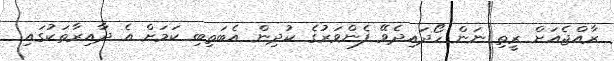
ރާއްޖެއަށް ރީތި ނަން ހޯދައިދެވޭ ފެންވަރުގެ ކުދިން އެބަތިބި ކަމަށް އެ ދާއިރާތަކުގައި.